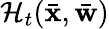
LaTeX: {\cal H}_{t}(\bar{{\mathbf x}},\bar{{\mathbf w}})